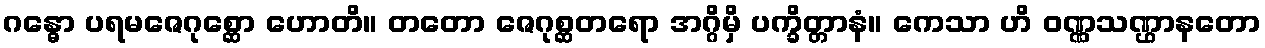
ဂန္ဓော ပရမဇေဂုစ္ဆော ဟောတိ။ တတော ဇေဂုစ္ဆတရော အဂ္ဂိမှိ ပက္ခိတ္တာနံ။ ကေသာ ဟိ ဝဏ္ဏသဏ္ဌာနတော